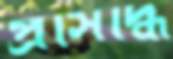
প্রসিদ্ধি